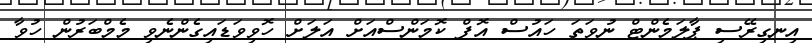
އިނގިރޭސި ޕާލަމެންޓް ނުވަތަ ހައުސް އޮފް ކޮމަންސްއަށް އަލަށް ހޮވިވަޑައިގެންނެވި މެމްބަރުން ހުވާ